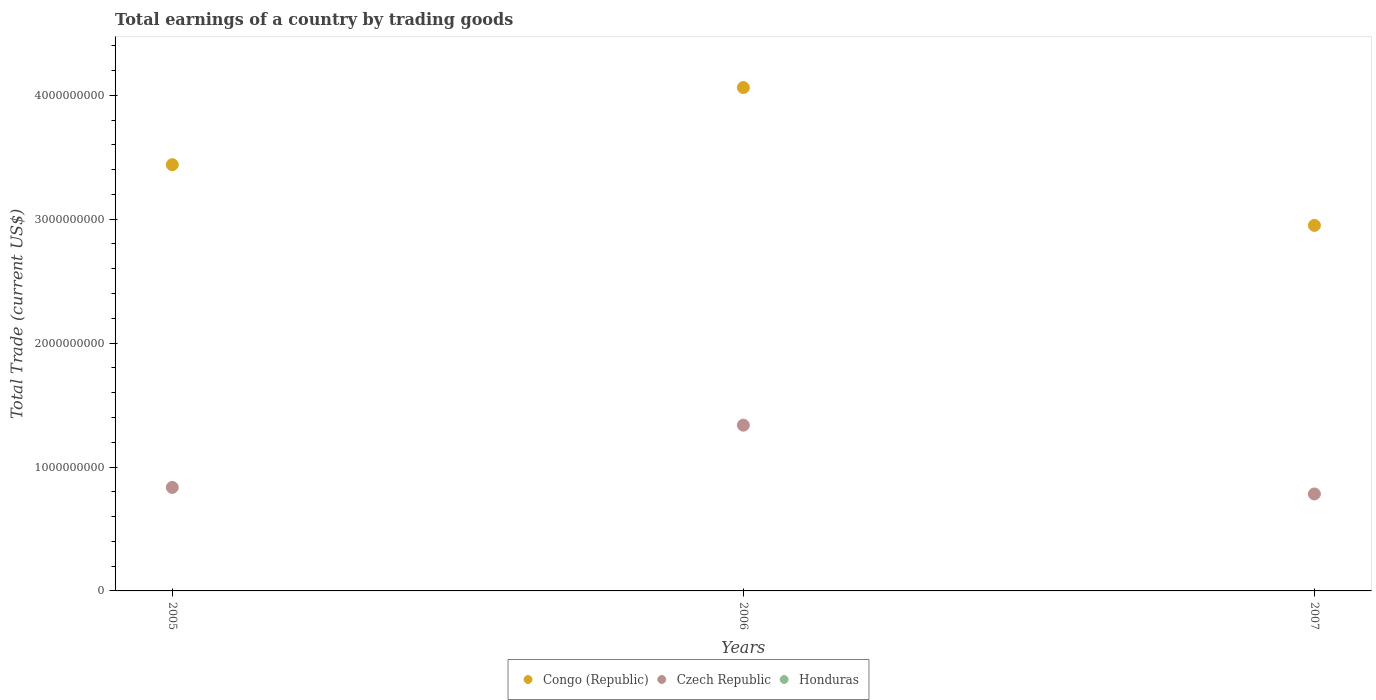
| Years | Congo (Republic) | Czech Republic | Honduras |
 | --- | --- | --- | --- |
 | 2005 | 3.44e+09 | 8.35e+08 | -2.57e+09 |
 | 2006 | 4.06e+09 | 1.34e+09 | -3.11e+09 |
 | 2007 | 2.95e+09 | 7.83e+08 | -4.16e+09 |